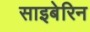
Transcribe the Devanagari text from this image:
साइबेरिन